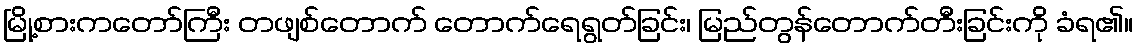
မြို့စားကတော်ကြီး တဖျစ်တောက် တောက်ရေရွတ်ခြင်း၊ မြည်တွန်တောက်တီးခြင်းကို ခံရ၏။